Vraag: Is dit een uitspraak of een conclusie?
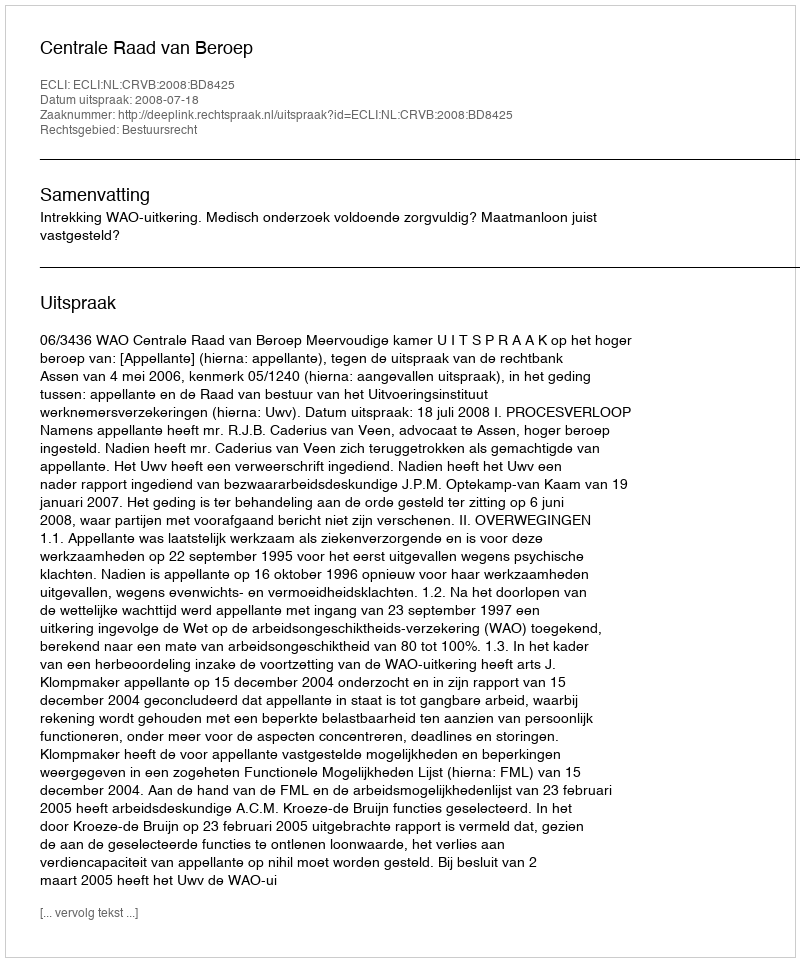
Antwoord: Uitspraak